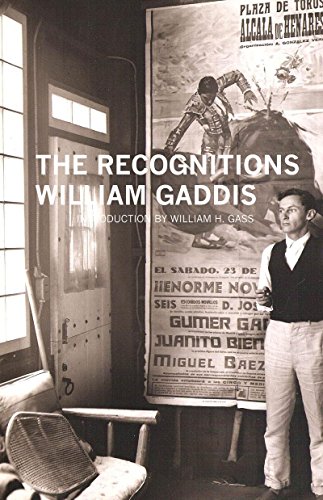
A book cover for Recognitions (American Literature (Dalkey Archive)); William Gaddis; Literature & Fiction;